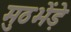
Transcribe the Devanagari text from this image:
मुठभेंड़े